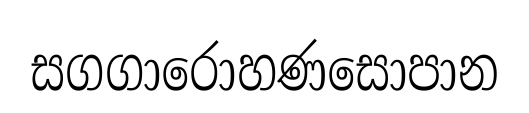
සගගාරොහණසොපාන